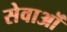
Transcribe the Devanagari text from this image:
सेवाऒं